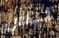
ليس